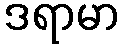
ဒရာမာ